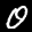
Label: 0